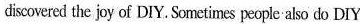
discovered the joy of DIY. Sometimes people also do DIY